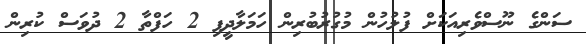
ސަންގެ ނޫސްވެރިއަކަށް ފުލުހުން މުގުރުބުރިން ހަމަލާދީފި 2 ހަފްތާ 2 ދުވަސް ކުރިން